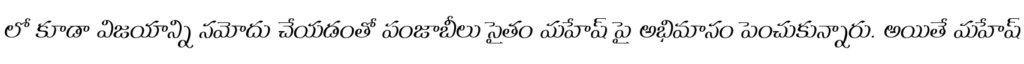
లో కూడా విజయాన్ని నమోదు చేయడంతో పంజాబీలు సైతం మహేష్ పై అభిమానం పెంచుకున్నారు. అయితే మహేష్